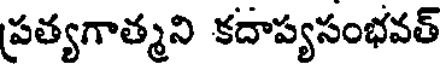
ప్రత్యగాత్మని కదాప్యసంభవత్